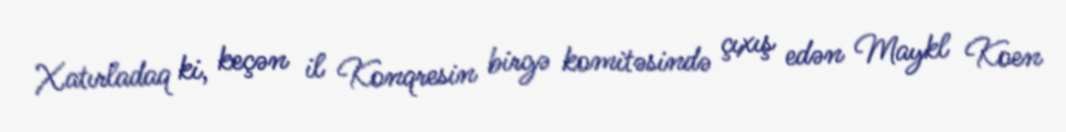
Xatırladaq ki, keçən il Konqresin birgə komitəsində çıxış edən Maykl Koen